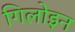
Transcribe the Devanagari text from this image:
गिलोइन